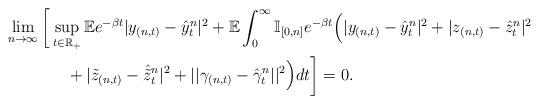
LaTeX: \begin{align*}\begin{aligned}\lim_{n\rightarrow\infty}\bigg[&\sup_{t\in\mathbb{R_+}}\mathbb{E}e^{-\beta t}|y_{(n,t)}-\hat{y}^n_t|^2+\mathbb{E}\int_0^\infty\mathbb{I}_{[0,n]}e^{-\beta t}\Big(|y_{(n,t)}-\hat{y}^n_t|^2+|z_{(n,t)}-\hat{z}^n_t|^2\\&\quad+|\tilde{z}_{(n,t)}-\hat{\tilde{z}}^n_t|^2+||\gamma_{(n,t)}-\hat{\gamma}^n_t||^2\Big)dt\bigg]=0.\end{aligned}\end{align*}